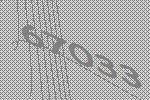
67033